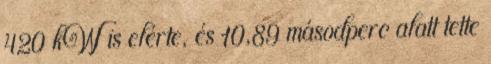
420 kW is elérte, és 10,89 másodperc alatt tette